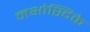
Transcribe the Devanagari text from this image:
नभोस्दिके